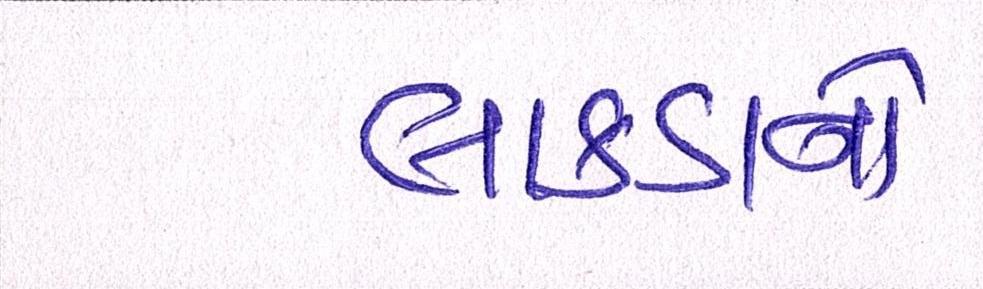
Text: લાકડાનો